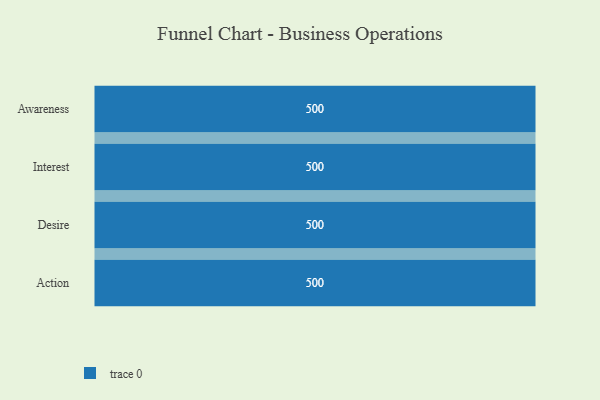
{"axis": {"x": "Stage", "y": "Value"}, "legend": [""], "data": [{"x": "Awareness", "y": 500, "type": ""}, {"x": "Interest", "y": 500, "type": ""}, {"x": "Desire", "y": 500, "type": ""}, {"x": "Action", "y": 500, "type": ""}]}